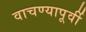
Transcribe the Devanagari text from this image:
वाचण्यापूर्वी